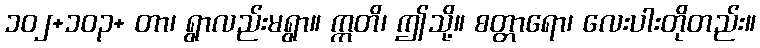
၁၀၂+၁၀၃+ တာ၊ ရွာလည်းမရွာ။ ဣတိ၊ ဤသို့။ စတ္တာရော၊ လေးပါးတိုတည်း။